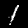
Label: 1